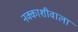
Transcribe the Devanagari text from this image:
नक्काशीवाला